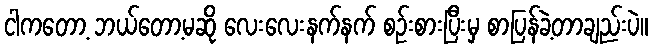
ငါကတော့ ဘယ်တော့မဆို လေးလေးနက်နက် စဉ်းစားပြီးမှ စာပြန်ခဲ့တာချည်းပဲ။